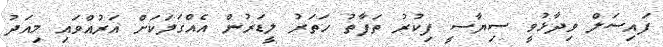
ފައިސަލް ވިދާޅުވީ ސިޔާސީ ފިކުރު ތަފާތު ހަތަރު ލީޑަރުން އެއްގަލަކަށް އަރުއްވައި މިއަދު